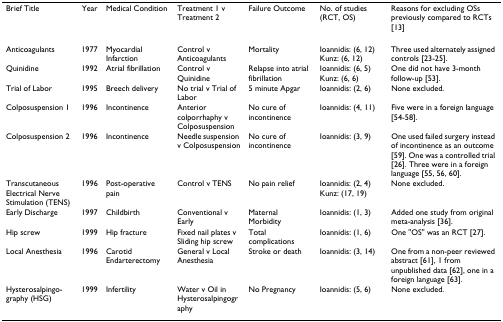
<table><thead><tr><td><b>Brief Title</b></td><td><b>Year</b></td><td><b>Medical Condition</b></td><td><b>Treatment 1 v Treatment 2</b></td><td><b>Failure Outcome</b></td><td><b>No. of studies (RCT, OS)</b></td><td><b>Reasons for excluding OSs previously compared to RCTs [13]</b></td></tr></thead><tbody><tr><td>Anticoagulants</td><td>1977</td><td>Myocardial Infarction</td><td>Control v Anticoagulants</td><td>Mortality</td><td>Ioannidis: (6, 12) Kunz: (6, 12)</td><td>Three used alternately assigned controls [23-25].</td></tr><tr><td>Quinidine</td><td>1992</td><td>Atrial fibrillation</td><td>Control v Quinidine</td><td>Relapse into atrial fibrillation</td><td>Ioannidis: (6, 5) Kunz: (6, 6)</td><td>One did not have 3-month follow-up [53].</td></tr><tr><td>Trial of Labor</td><td>1995</td><td>Breech delivery</td><td>No trial v Trial of Labor</td><td>5 minute Apgar</td><td>Ioannidis: (2, 6)</td><td>None excluded.</td></tr><tr><td>Colposuspension 1</td><td>1996</td><td>Incontinence</td><td>Anterior colporrhaphy v Colposuspension</td><td>No cure of incontinence</td><td>Ioannidis: (4, 11)</td><td>Five were in a foreign language [54-58].</td></tr><tr><td>Colposuspension 2</td><td>1996</td><td>Incontinence</td><td>Needle suspension v Colposuspension</td><td>No cure of incontinence</td><td>Ioannidis: (3, 9)</td><td>One used failed surgery instead of incontinence as an outcome [59]. One was a controlled trial [26]. Three were in a foreign language [55, 56, 60].</td></tr><tr><td>Transcutaneous Electrical Nerve Stimulation (TENS)</td><td>1996</td><td>Post-operative pain</td><td>Control v TENS</td><td>No pain relief</td><td>Ioannidis: (2, 4) Kunz: (17, 19)</td><td>None excluded.</td></tr><tr><td>Early Discharge</td><td>1997</td><td>Childbirth</td><td>Conventional v Early</td><td>Maternal Morbidity</td><td>Ioannidis: (1, 3)</td><td>Added one study from original meta-analysis [36].</td></tr><tr><td>Hip screw</td><td>1999</td><td>Hip fracture</td><td>Fixed nail plates v Sliding hip screw</td><td>Total complications</td><td>Ioannidis: (1, 6)</td><td>One &quot;OS&quot; was an RCT [27].</td></tr><tr><td>Local Anesthesia</td><td>1996</td><td>Carotid Endarterectomy</td><td>General v Local Anesthesia</td><td>Stroke or death</td><td>Ioannidis: (3, 14)</td><td>One from a non-peer reviewed abstract [61], 1 from unpublished data [62], one in a foreign language [63].</td></tr><tr><td>Hysterosalpingo-graphy (HSG)</td><td>1999</td><td>Infertility</td><td>Water v Oil in Hysterosalpingography</td><td>No Pregnancy</td><td>Ioannidis: (5, 6)</td><td>None excluded.</td></tr></tbody></table>